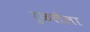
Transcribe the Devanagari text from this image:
रुळलेला